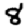
Digit: 8